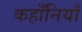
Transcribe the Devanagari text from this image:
कहाँनियाँ